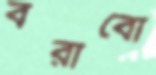
বরাবো